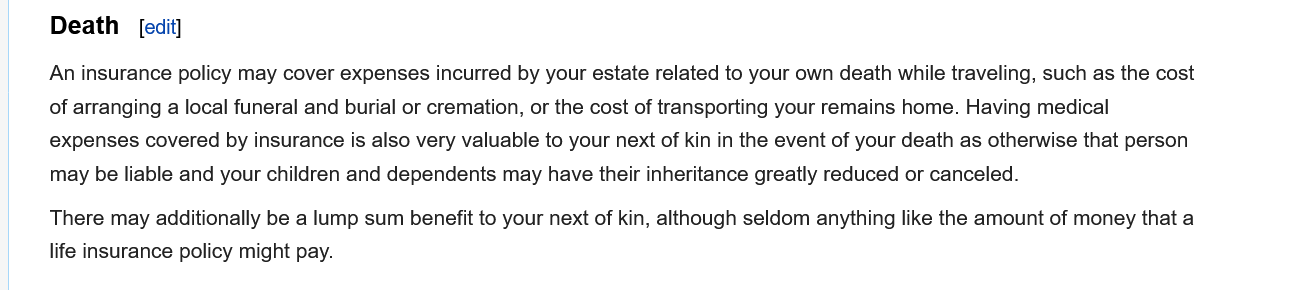
There may additionally be a lump sum benefit to your next of kin, although seldom anything like the amount of money that a
     life insurance policy might pay.
     Death   [edit]
     An insurance policy may cover expenses incurred by your estate related to your own death while traveling, such as the cost
     of arranging a local funeral and burial or cremation, or the cost of transporting your remains home. Having medical
     expenses covered by insurance is also very valuable to your next of kin in the event of your death as otherwise that person
     may be liable and your children and dependents may have their inheritance greatly reduced or canceled.